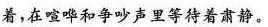
着，在喧哗和争吵声里等待着肃静。